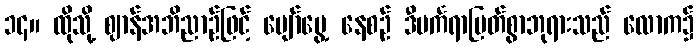
၁၄။ ထိုသို့ ဈာန်အဘိညာဉ်ဖြင့် ပျော်မွေ့ နေစဉ် ဒီပင်္ကရာမြတ်စွာဘုရားသည် လောက၌